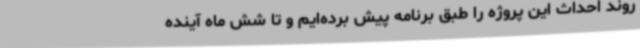
روند احداث این پروژه را طبق برنامه پیش برده‌ایم و تا شش ماه آینده